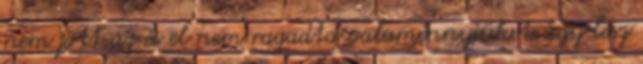
nem jött az és el nem ragadta valamennyiüket:úgy lesz